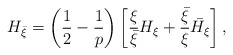
\begin{align*} H_{\bar \xi}=\left(\frac12-\frac1p\right)\left[ \frac{\xi}{\bar \xi } H_\xi+\frac{\bar \xi}{ \xi }\bar {H_\xi} \right], \end{align*}